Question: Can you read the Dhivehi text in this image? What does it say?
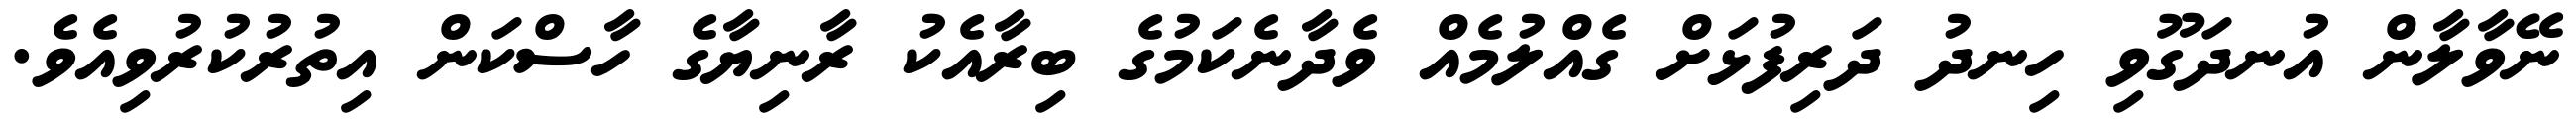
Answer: ނޭވާލާން އުނދަގޫވި ހިނދު ދަރިފުޅަށް ގެއްލުމެއް ވެދާނެކަމުގެ ބިރާއެކު ރާނިޔާގެ ހާސްކަން އިތުރުކުރުވިއެވެ.